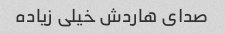
صدای هاردش خیلی زیاده